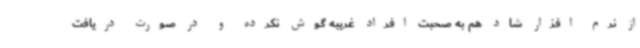
از نرم افزار شاد هم به صحبت افراد غریبه گوش نکرده و در صورت دریافت